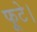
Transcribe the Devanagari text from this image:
फूटे।